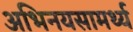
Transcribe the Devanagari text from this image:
अभिनयसामर्थ्य